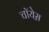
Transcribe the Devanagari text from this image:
चॉयेस़